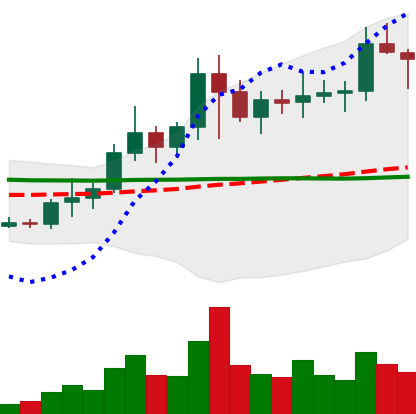
Ticker: NEO-USD
Chart end date: 2021-01-20
Forward return: -10.532%
Label: down_7plus